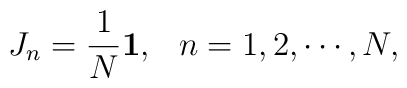
J_n=\frac{1}{N}\mbox{\boldmath$1$},\hspace{3mm}n=1,2,\cdots,N,